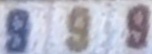
9 9 9